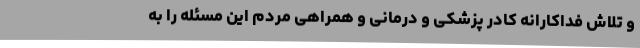
و تلاش فداکارانه کادر پزشکی و درمانی و همراهی مردم این مسئله را به